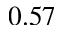
0 . 5 7